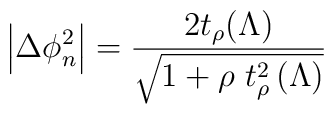
\left|\Delta\phi^2_n\right|=\frac{2 t_\rho(\Lambda)}{\sqrt{1+\rho\ t_\rho^2\left(\Lambda\right)}}